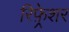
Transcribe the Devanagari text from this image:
रिफ़्रेशर